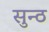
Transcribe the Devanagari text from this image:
सुन्ठ